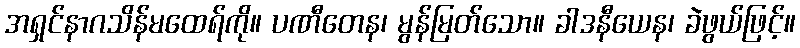
အရှင်နာဂသိန်မထေရ်ကို။ ပဏီတေန၊ မွန်မြတ်သော။ ခါဒနီယေန၊ ခဲဖွယ်ဖြင့်။